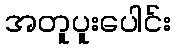
အတူပူးပေါင်း